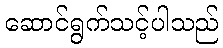
ဆောင်ရွက်သင့်ပါသည်